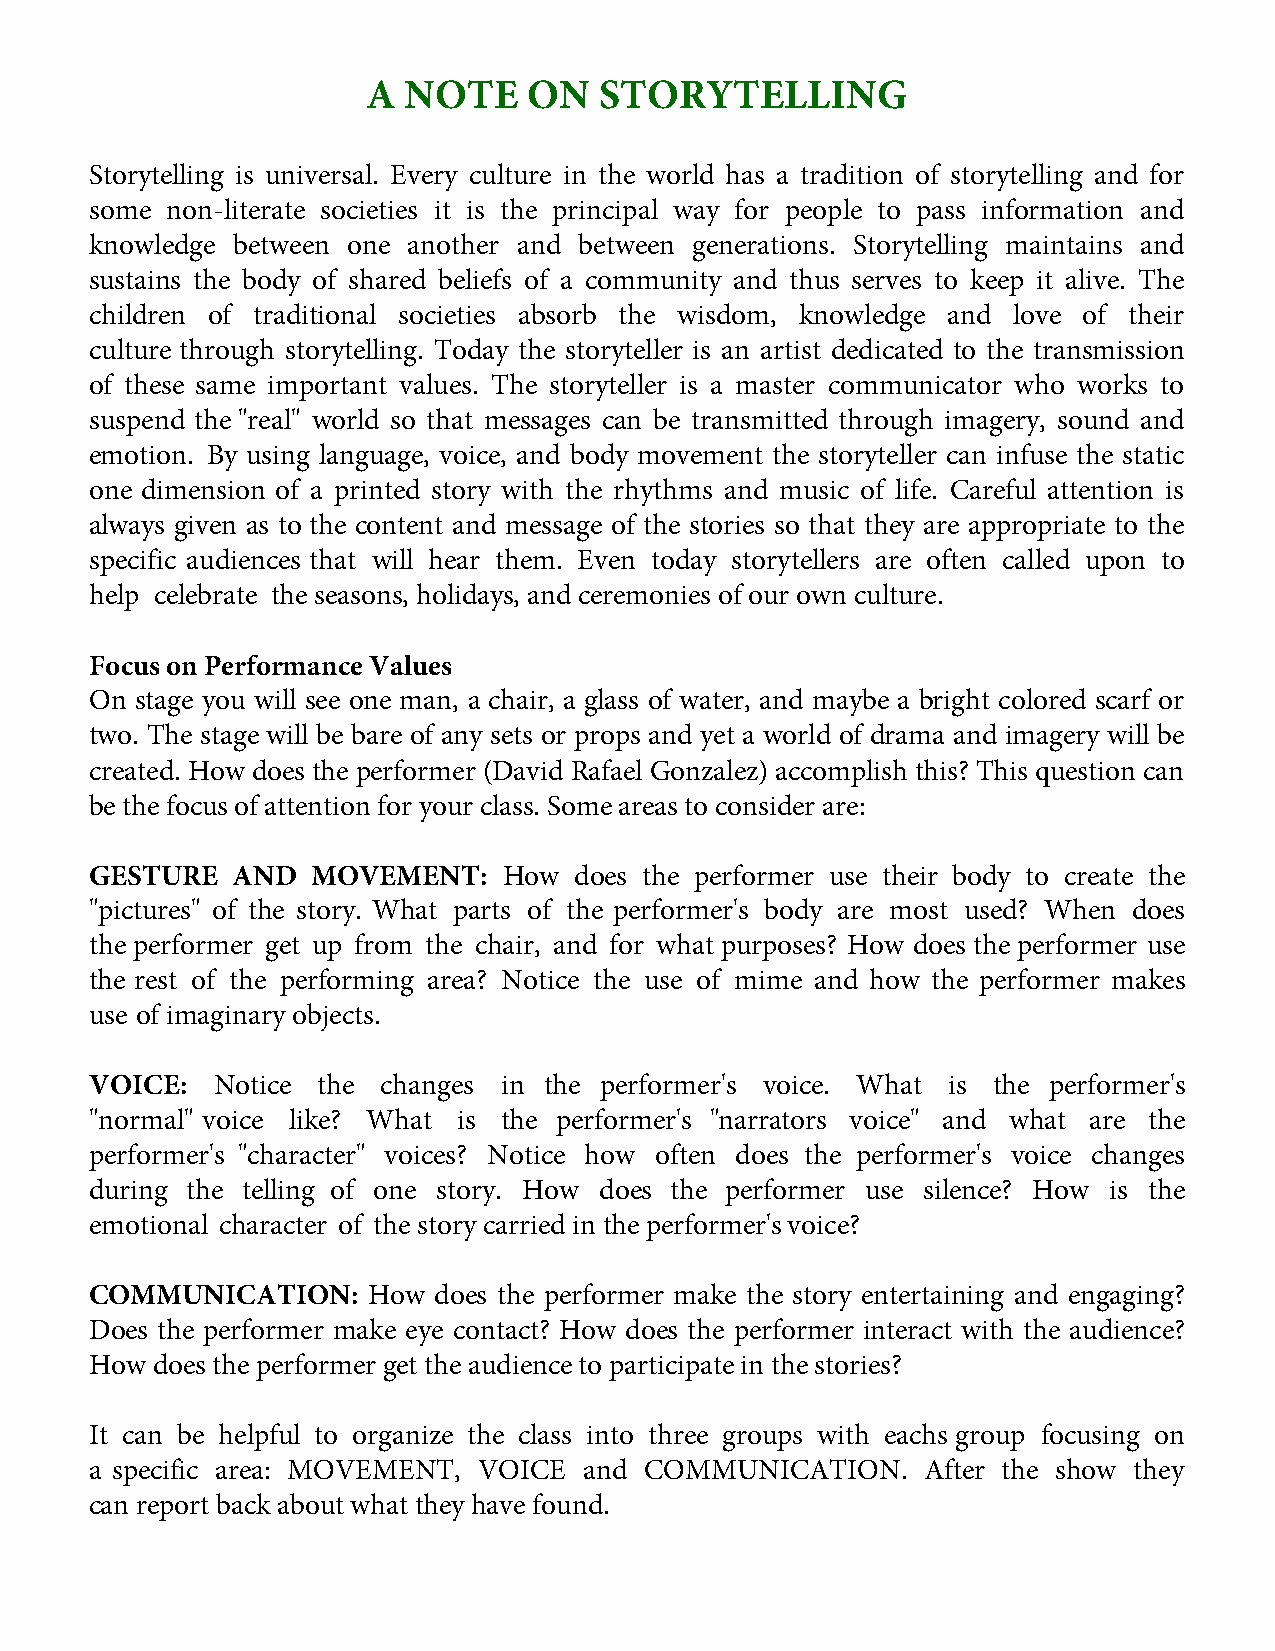
A  NOTE    ON   STORYTELLING
 Storytelling is universal. Every culture in the world has a tradition of storytelling and for
 some non-literate societies it is the principal way for people to pass information and
 knowledge between one another and between generations. Storytelling maintains and
 sustains the body of shared beliefs of a community and thus serves to keep it alive. The
 children of traditional societies absorb the wisdom, knowledge and love of their
 culture through storytelling. Today the storyteller is an artist dedicated to the transmission
 of these same important values. The storyteller is a master communicator who works to
 suspend the "real" world so that messages can be transmitted through imagery, sound and
 emotion. By using language, voice, and body movement the storyteller can infuse the static
 one dimension of a printed story with the rhythms and music of life. Careful attention is
 always given as to the content and message of the stories so that they are appropriate to the
 specific audiences that will hear them. Even today storytellers are often called upon to
 help celebrate the seasons, holidays, and ceremonies of our own culture.
 Focus on Performance Values
 On stage you will see one man, a chair, a glass of water, and maybe a bright colored scarf or
 two. The stage will be bare of any sets or props and yet a world of drama and imagery will be
 created. How does the performer (David Rafael Gonzalez) accomplish this? This question can
 be the focus of attention for your class. Some areas to consider are:
 GESTURE  AND   MOVEMENT:   How  does the performer use their body to create the
 "pictures" of the story. What parts of the performer's body are most used? When does
 the performer get up from the chair, and for what purposes? How does the performer use
 the rest of the performing area? Notice the use of mime and how the performer makes
 use of imaginary objects.
 VOICE:  Notice the changes in the performer's voice. What is the performer's
 "normal" voice like? What is the performer's "narrators voice" and what are the
 performer's "character" voices? Notice how often does the performer's voice changes
 during the telling of one story. How does the performer use silence? How is the
 emotional character of the story carried in the performer's voice?
 COMMUNICATION:    How  does the performer make the story entertaining and engaging?
 Does the performer make eye contact? How does the performer interact with the audience?
 How does the performer get the audience to participate in the stories?
 It can be helpful to organize the class into three groups with eachs group focusing on
 a specific area: MOVEMENT, VOICE and COMMUNICATION.    After the show they
 can report back about what they have found.